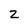
Character: 2